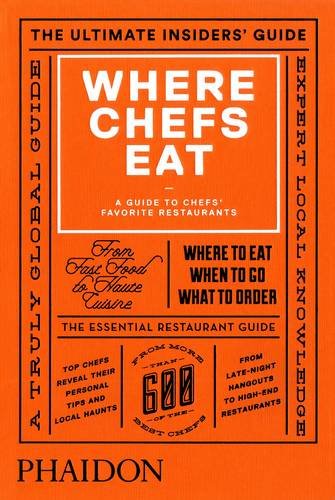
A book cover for Where Chefs Eat: A Guide to Chefs' Favorite Restaurants (2015); Joe Warwick; Cookbooks, Food & Wine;